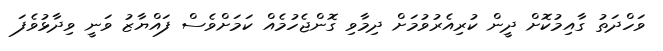
ވަހްދަތު ގާއިމުކޮށް ދީން ކުރިއެރުވުމަށް ދިމާވި ގޮންޖެހުމެއް ކަމަށްވެސް ފައްޔާޒު ވަނީ ވިދާޅުވެފަ